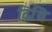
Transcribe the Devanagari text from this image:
द्रिथि